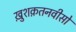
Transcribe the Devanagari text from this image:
ख़ुशक़तनवीसों